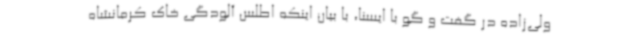
ولی‌زاده در گفت و گو با ایسنا، با بیان اینکه اطلس آلودگی خاک کرمانشاه